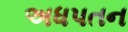
અધપતન